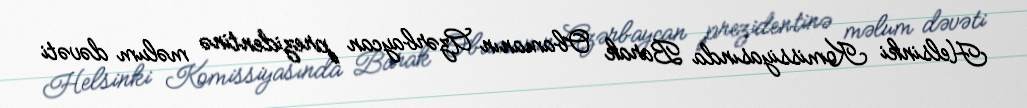
Helsinki Komissiyasında Barak Obamanın Azərbaycan prezidentinə məlum dəvəti